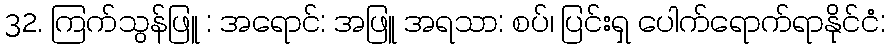
32. ကြက်သွန်ဖြူ : အရောင်: အဖြူ အရသာ: စပ်၊ ပြင်းရှ ပေါက်ရောက်ရာနိုင်ငံ: